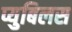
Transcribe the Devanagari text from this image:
प्युबिलस